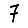
Digit: 7